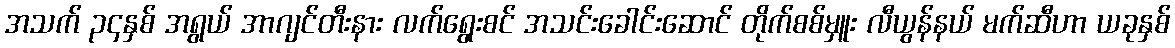
အသက် ၃၄နှစ် အရွယ် အာဂျင်တီးနား လက်ရွေးစင် အသင်းခေါင်းဆောင် တိုက်စစ်မှူး လီယွန်နယ် မက်ဆီဟာ ယခုနှစ်